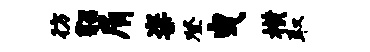
彷貂屑粢登曳横取